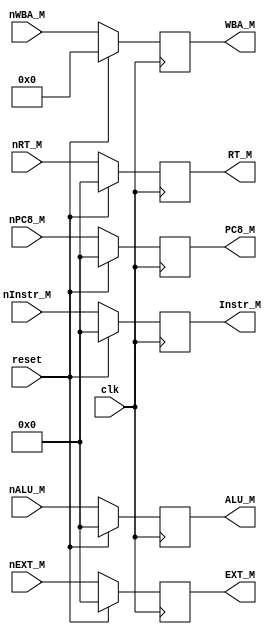
`timescale 1ns / 1ps
//////////////////////////////////////////////////////////////////////////////////
// Company: 
// Engineer: 
// 
// Design Name: 
// Module Name:    EM 
// Project Name: 
// Target Devices: 
// Tool versions: 
// Description: 
//
// Dependencies: 
//
// Revision: 
// Revision 0.01 - File Created
// Additional Comments: 
//
//////////////////////////////////////////////////////////////////////////////////
module em(
	input clk,
	input reset,
	input [31:0] nInstr_M,
	input [31:0] nRT_M,
	input [31:0] nALU_M,
	input [31:0] nEXT_M,
	input [31:0] nPC8_M,
	input [4:0] nWBA_M,
	output reg [31:0] Instr_M = 0,
	output reg [31:0] RT_M = 0,
	output reg [31:0] ALU_M = 0,
	output reg [31:0] EXT_M = 0,
	output reg [31:0] PC8_M = 0,
	output reg [4:0] WBA_M = 0
    );
	
	always @(posedge clk) begin
		if (reset) begin
			Instr_M = 0;
			RT_M = 0;
			ALU_M = 0;
			EXT_M = 0;
			PC8_M = 0;
			WBA_M = 0;
		end
		else begin
			Instr_M = nInstr_M;
			RT_M = nRT_M;
			ALU_M = nALU_M;
			EXT_M = nEXT_M;
			PC8_M = nPC8_M;
			WBA_M = nWBA_M;
		end
	end

endmodule